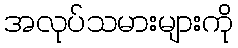
အလုပ်သမားများကို